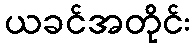
ယခင်အတိုင်း